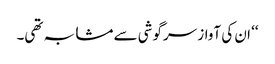
‘‘ ان کی آواز سرگوشی سے مشابہ تھی۔